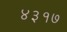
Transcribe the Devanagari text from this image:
४३१७